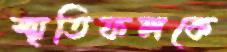
স্মৃতিফলকে